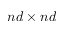
n d \times n d